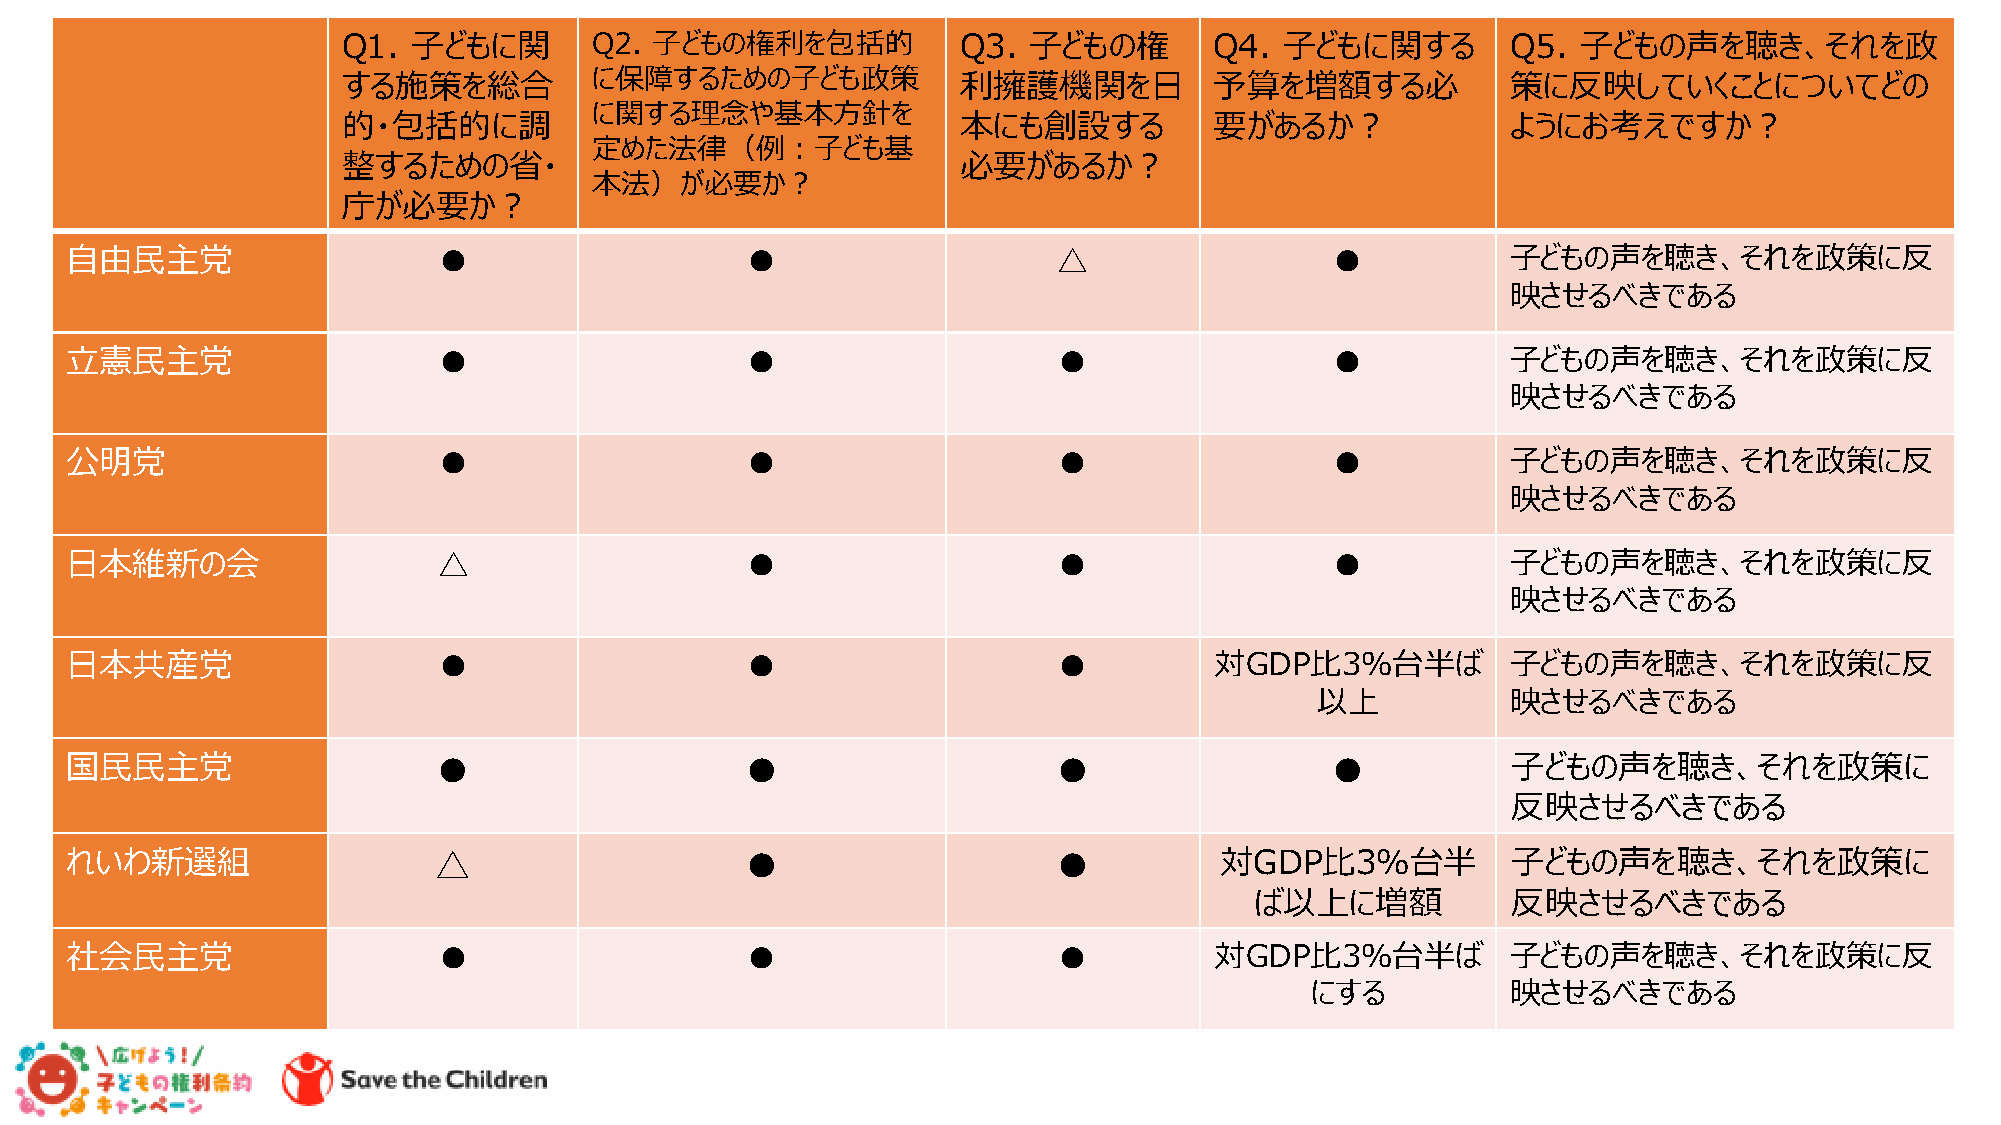
Q1. 子どもに関       Q2. 子どもの権利を包括的          Q3.  子どもの権       Q4.  子どもに関する        Q5.  子どもの声を聴き、それを政
 する施策を総合         に保障するための子ども政策           利擁護機関を日          予算を増額する必            策に反映していくことについてどの
 に関する理念や基本方針を
 的・包括的に調                                 本にも創設する          要があるか？              ようにお考えですか？
 定めた法律（例：子ども基
 整するための省・                                必要があるか？
 本法）が必要か？
 庁が必要か？
 自由民主党                    ●                   ●                    △                 ●           子どもの声を聴き、それを政策に反
 映させるべきである
 立憲民主党                    ●                   ●                    ●                 ●           子どもの声を聴き、それを政策に反
 映させるべきである
 公明党                      ●                   ●                    ●                 ●           子どもの声を聴き、それを政策に反
 映させるべきである
 日本維新の会                   △                   ●                    ●                 ●           子どもの声を聴き、それを政策に反
 映させるべきである
 日本共産党                    ●                   ●                    ●         対GDP比3％台半ば          子どもの声を聴き、それを政策に反
 以上           映させるべきである
 国民民主党                    ●                   ●                    ●                 ●           子どもの声を聴き、それを政策に
 反映させるべきである
 れいわ新選組                   △                   ●                    ●          対GDP比3％台半          子どもの声を聴き、それを政策に
 ば以上に増額           反映させるべきである
 社会民主党                    ●                   ●                    ●         対GDP比3％台半ば          子どもの声を聴き、それを政策に反
 にする          映させるべきである